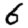
Digit: 6